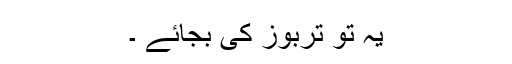
یہ تو تربوز کی بجائے ۔